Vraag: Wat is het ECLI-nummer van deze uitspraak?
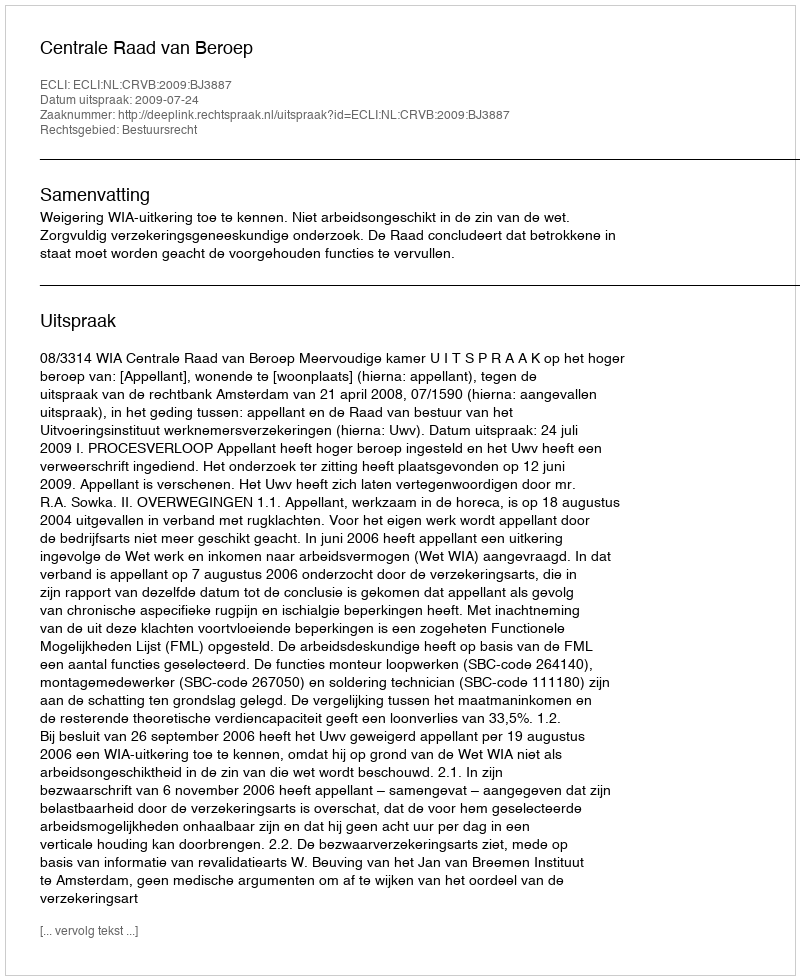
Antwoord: ECLI:NL:CRVB:2009:BJ3887